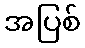
အပြစ်